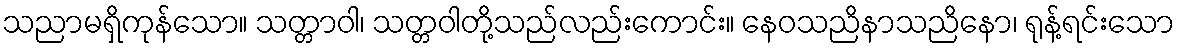
သညာမရှိကုန်သော။ သတ္တာဝါ၊ သတ္တဝါတို့သည်လည်းကောင်း။ နေဝသညိနာသညိနော၊ ရုန့်ရင်းသော